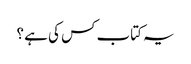
یہ کتاب کس کی ہے ؟